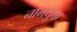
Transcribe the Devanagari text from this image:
नामयुक्त